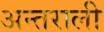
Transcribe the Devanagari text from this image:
अन्तराली